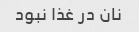
نان در غذا نبود